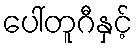
ပေါ်တူဂီနှင့်